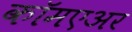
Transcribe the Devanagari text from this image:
कॉमएअर